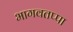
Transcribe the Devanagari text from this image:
भागवतप्पा